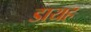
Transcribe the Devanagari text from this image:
डायह